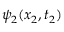
\psi _ { 2 } ( x _ { 2 } , t _ { 2 } )